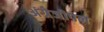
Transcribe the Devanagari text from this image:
अंग्रेजीपन